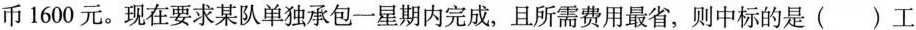
币1600元。现在要求某队单独承包一星期内完成，且所需费用最省，则中标的是（ ）工